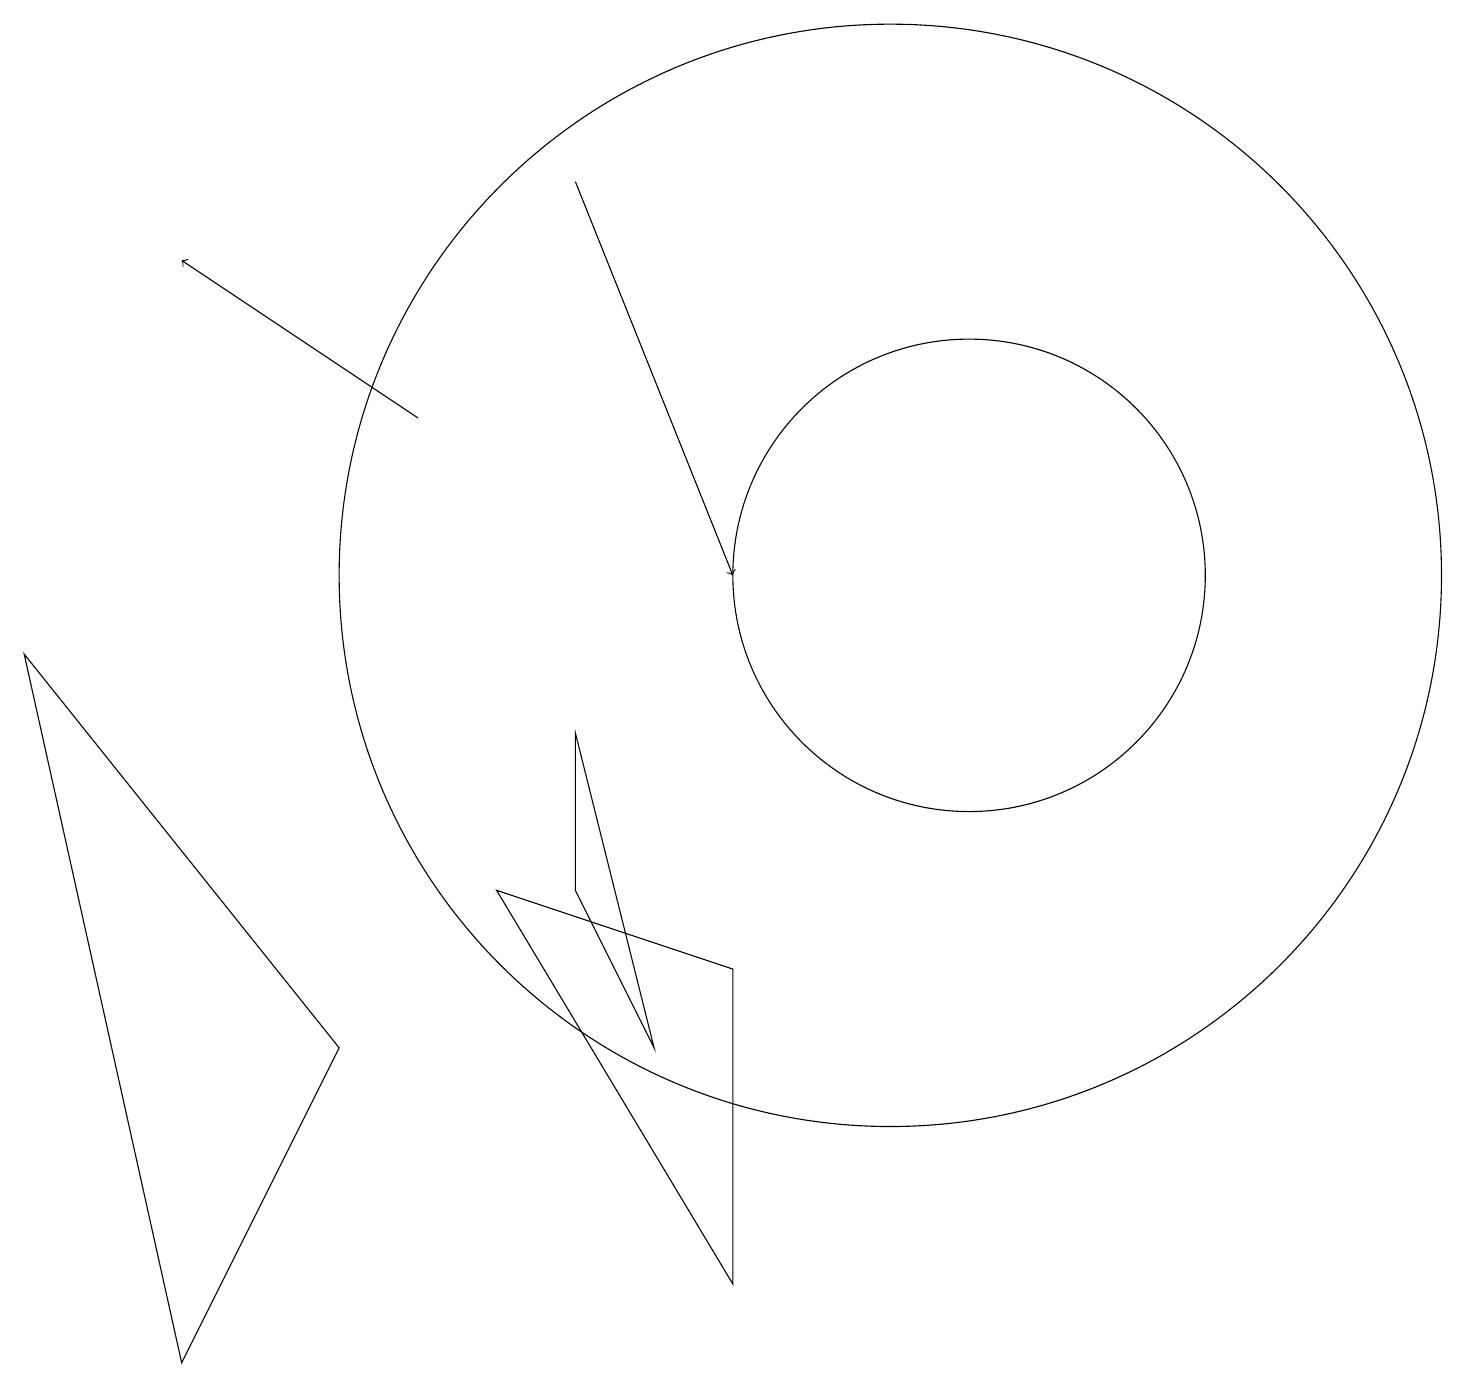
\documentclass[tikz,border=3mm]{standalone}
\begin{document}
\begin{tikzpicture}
\draw (7,8) -- (8,4) -- (7,6) -- cycle;
\draw (11,10) circle (7);
\draw (4,4) -- (0,9) -- (2,0) -- cycle;
\draw (6,6) -- (9,1) -- (9,5) -- cycle;
\draw[->] (5,12) -- (2,14);
\draw[->] (7,15) -- (9,10);
\draw (12,10) circle (3);
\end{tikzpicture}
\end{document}